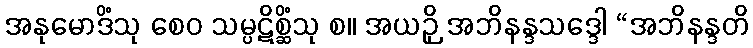
အနုမောဒိံသု စေဝ သမ္ပဋိစ္ဆိံသု စ။ အယဉှိ အဘိနန္ဒသဒ္ဒေါ “အဘိနန္ဒတိ